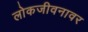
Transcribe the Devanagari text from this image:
लोकजीवनावर